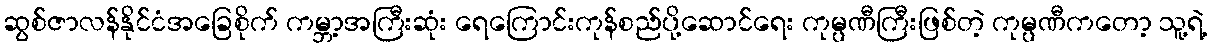
ဆွစ်ဇာလန်နိုင်ငံအခြေစိုက် ကမ္ဘာ့အကြီးဆုံး ရေကြောင်းကုန်စည်ပို့ဆောင်ရေး ကုမ္ပဏီကြီးဖြစ်တဲ့ ကုမ္ပဏီကတော့ သူ့ရဲ့